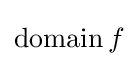
\operatorname {domain} f